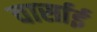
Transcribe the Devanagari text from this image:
वार्साई